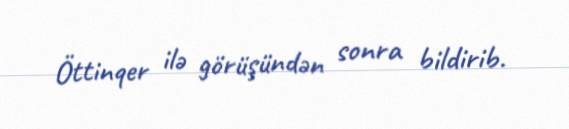
Öttinqer ilə görüşündən sonra bildirib.